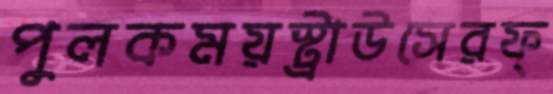
পুলকময়স্ট্রাউসেরফ্